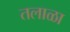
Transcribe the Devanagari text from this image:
तलाळा